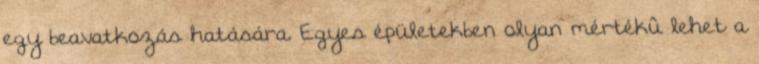
egy beavatkozás hatására. Egyes épületekben olyan mértékû lehet a